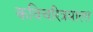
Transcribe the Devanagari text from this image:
कविचरित्रमाला